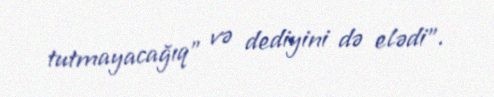
tutmayacağıq" və dediyini də elədi".